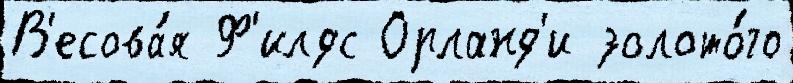
В'есова́я Ф'илдс Орланд'и золото́го